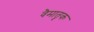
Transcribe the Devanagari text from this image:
वैमातृक